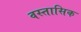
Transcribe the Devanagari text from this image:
वस्तासिक